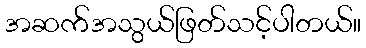
အဆက်အသွယ်ဖြတ်သင့်ပါတယ်။